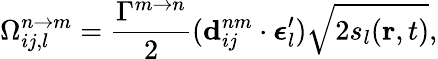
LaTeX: \Omega_{ij,l}^{n\rightarrow m}=\frac{\Gamma^{m\rightarrow n}}{2}(\mathbf{d}_{ij}^{nm}\cdot\boldsymbol{\epsilon}_{l}^{\prime})\sqrt{2s_{l}(\mathbf{r},t)},